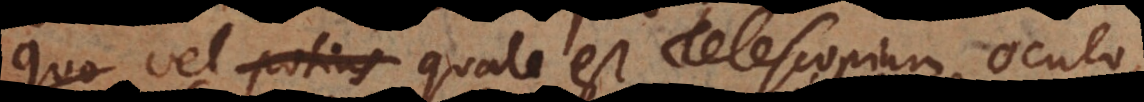
quo vel potius quale est Telescopium oculo,